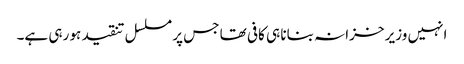
انہیں وزیر خزانہ بنانا ہی کافی تھا جس پر مسلسل تنقید ہو رہی ہے۔